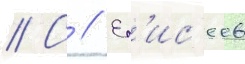
// С // Ел'ис'еев